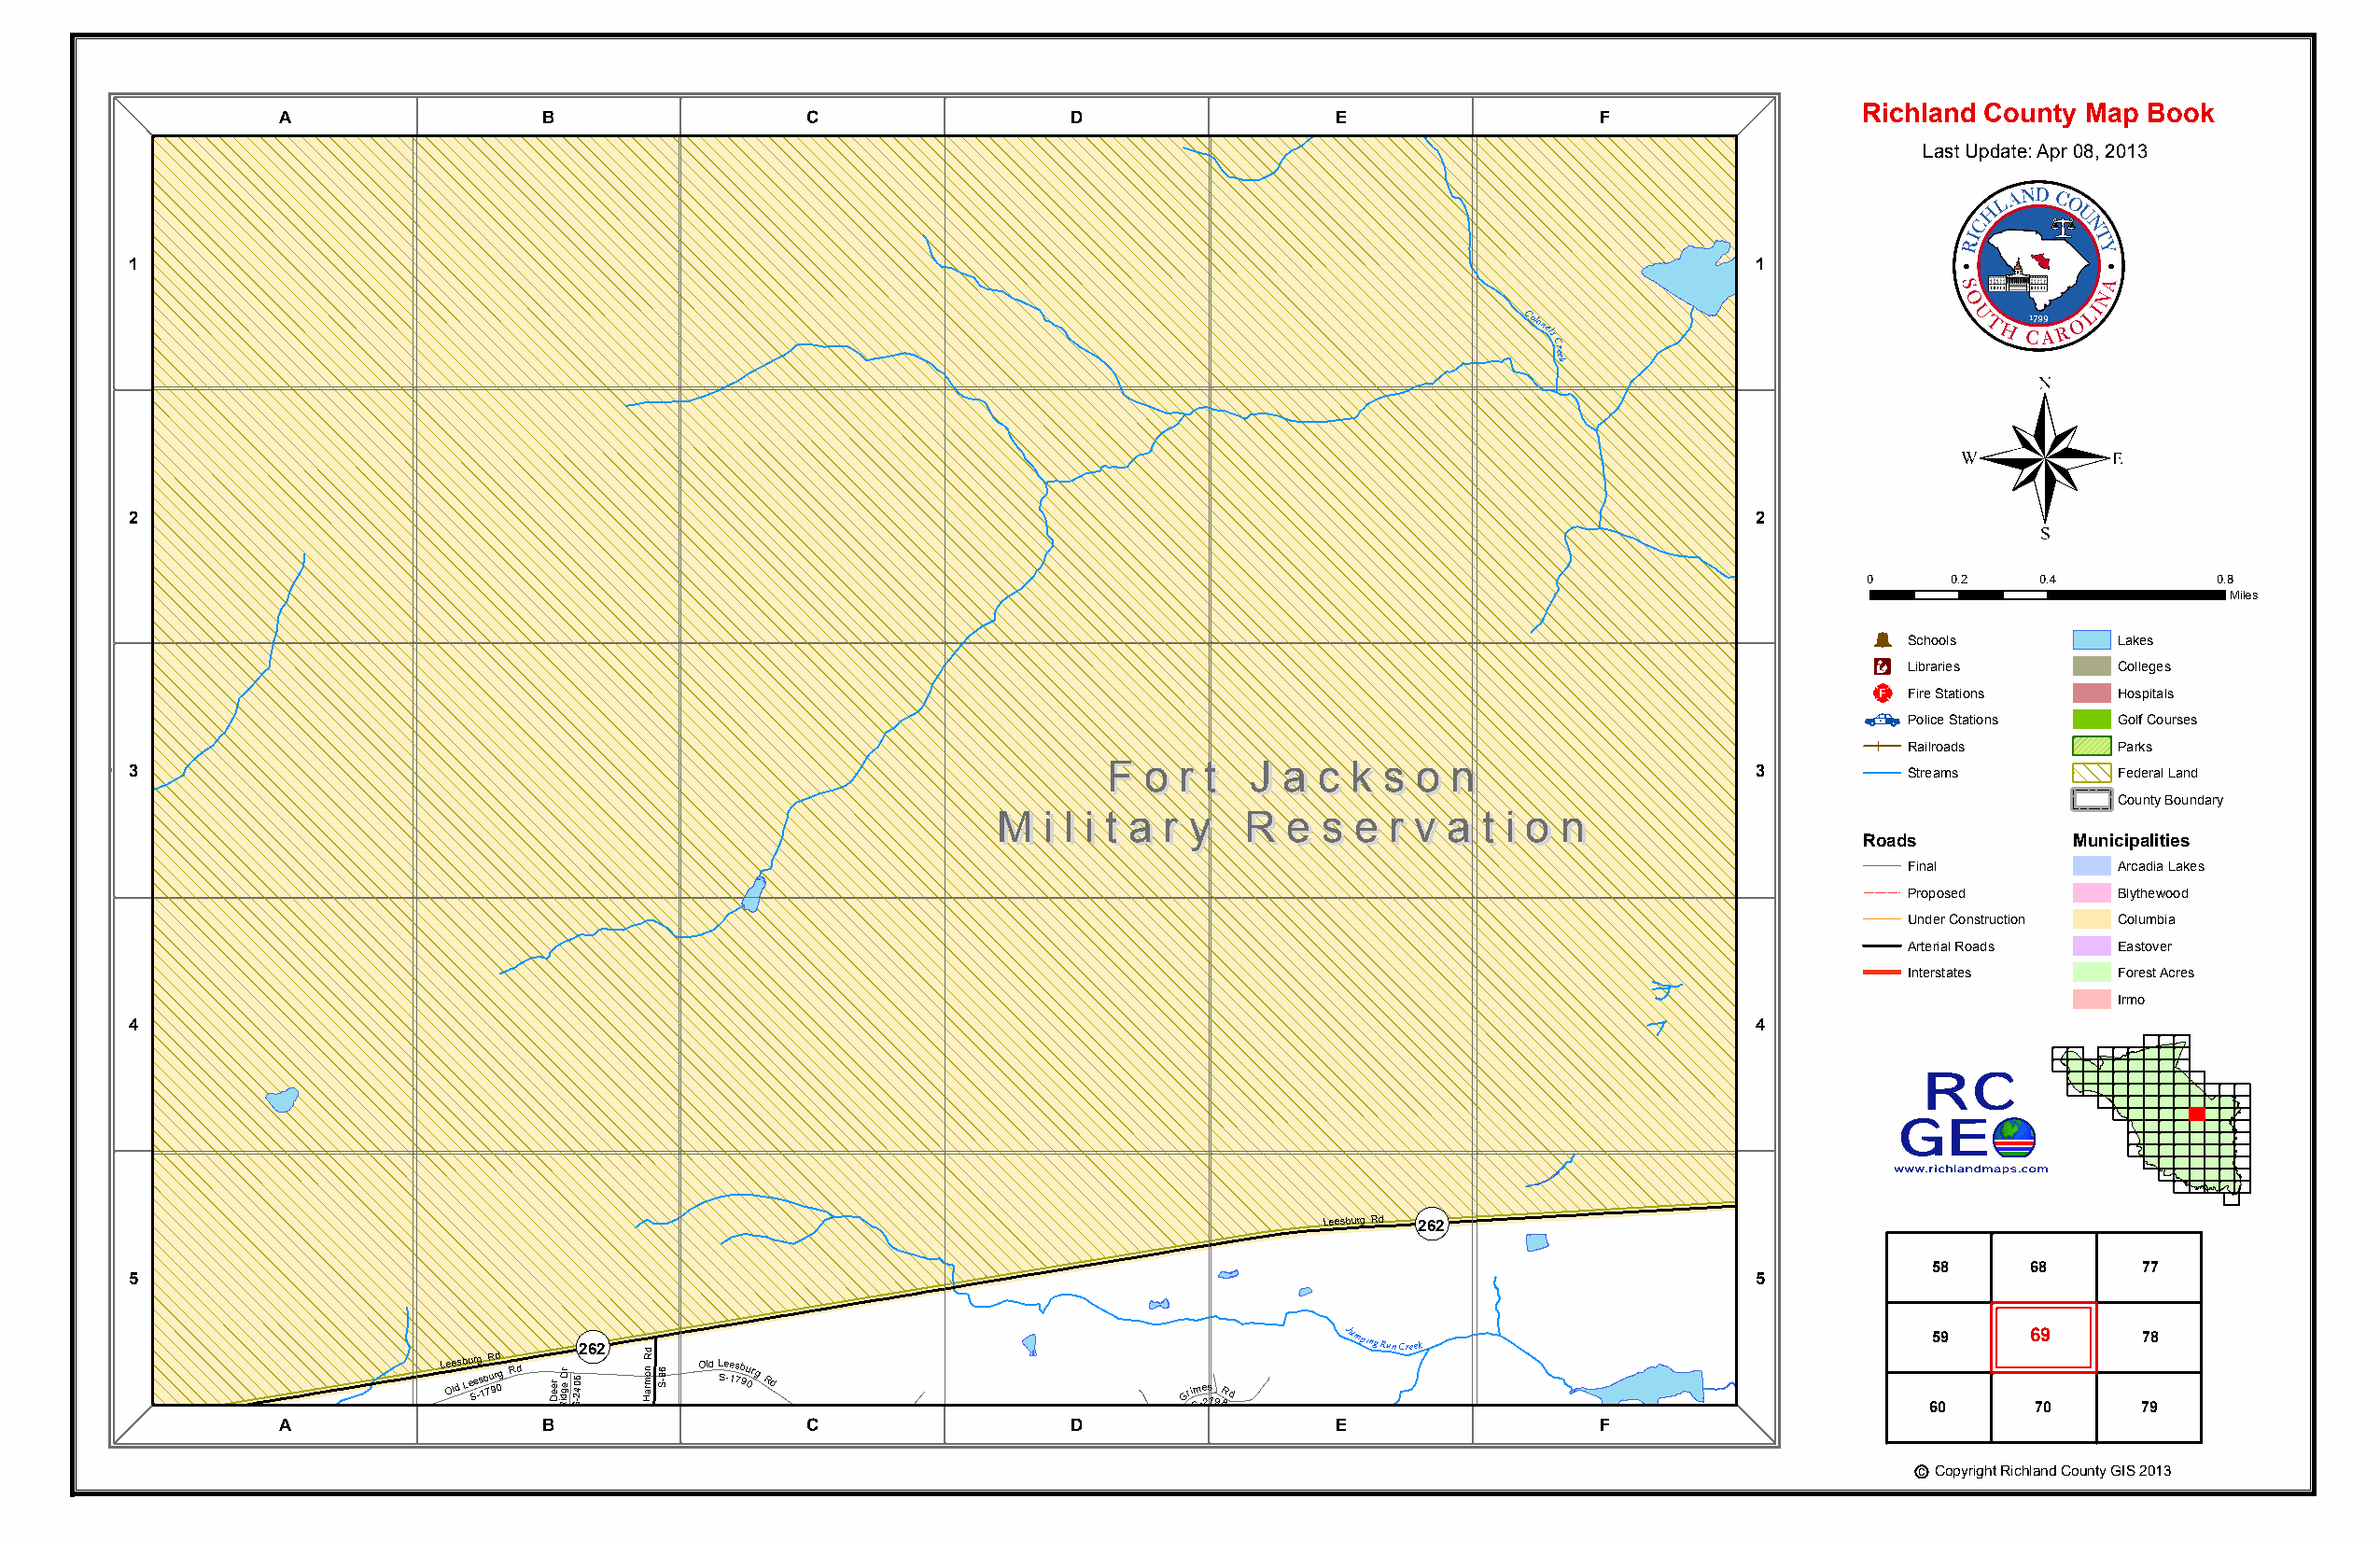
Richland County Map Book
 A                 B                  C                  D                  E                 F
 Last Update: Apr 08, 2013
 1                                                                                                                   1
 Colonels
 Creek
 ®
 2                                                                                                                   2
 0     0.2    0.4         0.8
 Miles
 Þ
 Schools        Lakes
 Æc
 Libraries      Colleges
 _¨
 Fire Stations  Hospitals
 Police Stations Golf Courses
 Railroads      Parks
 3                                                                     FF oo rr tt JJ aa cc kk ss oo nn              3         Streams        Federal Land
 County Boundary
 MM ii ll ii tt aa rr yy RR ee ss ee rr vv aa tt ii oo nn
 Roads          Municipalities
 Final          Arcadia Lakes
 Proposed       Blythewood
 Under Construction Columbia
 Arterial Roads Eastover
 Interstates    Forest Acres
 Irmo
 4                                                                                                                   4
 OP
 Leesburg Rd 262
 OP
 Leesburg Rd 262
 58     68      77
 5                                                                                                                   5
 Leesberry Ln
 OP
 262  d
 Jumping
 Run Creek
 59     69      78
 L e Oe lds b Lu e Sr eg -s 1 b 7R u 9d r 0g Rd De re Ridg erD -2 S406 Hramon R S-86 Old L Se -1e 7sb 9u 0rg Rd Grim S-e 2s 79R 8d Wilson PM oi nll d
 60     70      79
 H arm on G arcia
 Rd
 Ch SM u -t r 9cE 3h l 5o Rn d
 Leesburg Rd
 Old L Se -e 1s 7b 9u 0rg
 A
 Rd
 S -2406 D oe
 D
 r
 F
 B
 a
 Su
 w
 -Sc 2nk -
 4
 2 0D0D 54 rr
 B
 Harmon
 Rd
 S-86
 C
 Hickor yKno b Ln
 Anne - lind a Ln
 Old L
 SD
 e -e 1s 7b 9u 0rg Rd S- 2 7G 9ri 8m es R d
 E                 F
 Old L
 B ee esa bv ue rr
 g
 H Ru dt Trl T r R lacc oo n B He u Oa t lv dTe Lrr l eesburg Rd c Copyright Richland County GIS 2013